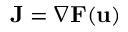
\mathbf { J } = \nabla \mathbf { F } ( \mathbf { u } )